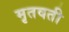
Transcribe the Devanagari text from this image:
मृतवती